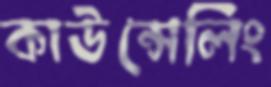
কাউন্সেলিং